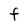
Character: F